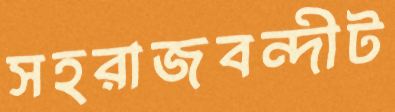
সহরাজবন্দীট